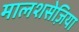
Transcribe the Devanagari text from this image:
मालशसेज़िया